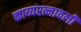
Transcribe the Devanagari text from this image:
काव्यरत्नावली